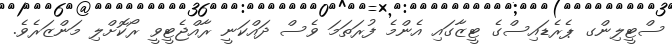
ސްޓީލިންގ ޕެރެޑައިސްގެ ޓީޒާގައި އެންމެ ފުރަތަމަ ވެސް ދައްކަނީ ރާއްޖެޓީވީ ރޯކޮށްލި މަންޒަރެވެ.